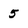
Character: 5